Annual administration report of the Civil Veterinary Department of India - 1895-1896
Year: 1895
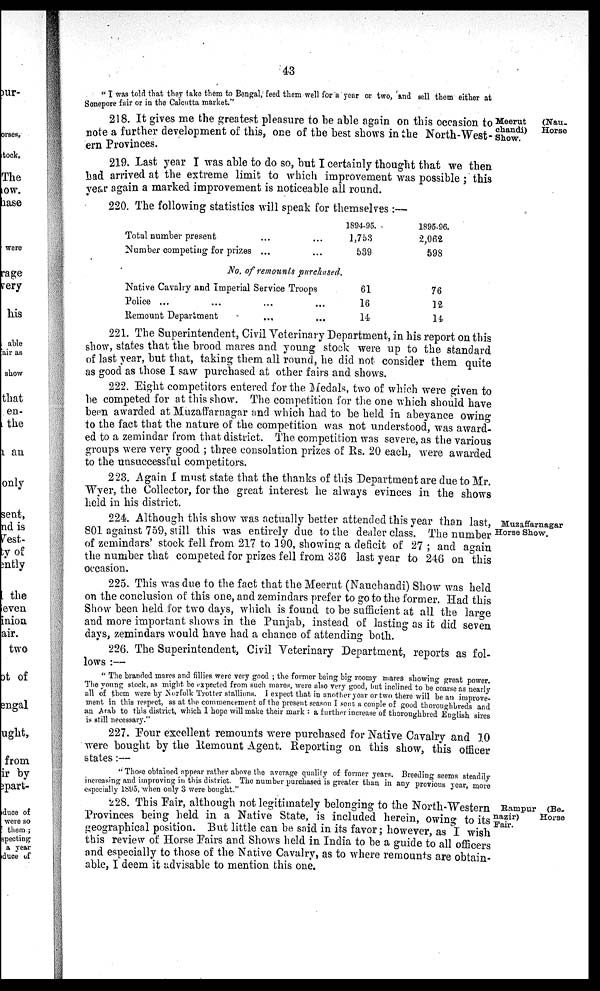
43
"I was told that they take them to Bengal, feed them well for a year or two, and sell them either at
Sonepore fair or in the Calcutta market."
Meerut
(Nau-
chandi)
Horse
Show.
218. It gives me the greatest pleasure to be able again on this occasion to
note a further development of this, one of the best shows in the North-West-
ern Provinces.
219. Last year I was able to do so, but I certainly thought that we then
had arrived at the extreme limit to which improvement was possible; this
year again a marked improvement is noticeable all round.
220. The following statistics will speak for themselves:–
Total number present ... ...
Number competing for prizes ... ...
1894-95.
1,753
539
1895-96.
2,062
598
No. of remounts purchased.
Native Cavalry and Imperial Service Troops
Police ... ... ... ...
Remount Department ... ...
61
16
14
76
12
14
221. The Superintendent, Civil Veterinary Department, in his report on this
show, states that the brood mares and young stock were up to the standard
of last year, but that, taking them all round, he did not consider them quite
as good as those I saw purchased at other fairs and shows.
222. Eight competitors entered for the Medals, two of which were given to
be competed for at this show. The competition for the one which should have
been awarded at Muzaffarnagar and which had to be held in abeyance owing
to the fact that the nature of the competition was not understood, was award-
ed to a zemindar from that district. The competition was severe, as the various
groups were very good ; three consolation prizes of Rs. 20 each, were awarded
to the unsuccessful competitors.
223. Again I must state that the thanks of this Department are due to Mr.
Wyer, the Collector, for the great interest he always evinces in the shows
held in his district.
Muzaffarnagar
Horse Show.
224. Although this show was actually better attended this year than last,
801 against 759, still this was entirely due to the dealer class. The number
of zemindars' stock fell from 217 to 190, showing a deficit of 27; and again
the number that competed for prizes fell from 336 last year to 246 on this
occasion.
225. This was due to the fact that the Meerut (Nauchandi) Show was held
on the conclusion of this one, and zemindars prefer to go to the former. Had this
Show been held for two days, which is found to be sufficient at all the large
and more important shows in the Punjab, instead of lasting as it did seven
days, zemindars would have had a chance of attending both.
226. The Superintendent, Civil Veterinary Department, reports as fol-
lows:—
"The branded mares and fillies were very good ; the former being big roomy mares showing great power.
The young stock, as might be expected from such mares, were also very good, but inclined to be coarse as nearly
all of them were by Norfolk Trotter stallions. I expect that in another year or two there will be an improve-
ment in this respect, as at the commencement of the present season I sent a couple of good thoroughbreds and
an Arab to this district, which 1 hope will make their mark : a further increase of thoroughbred English sires
is still necessary."
227. Four excellent remounts were purchased for Native Cavalry and 10
were bought by the Remount Agent. Reporting on this show, this officer
states:—
" Those obtained appear rather above the average quality of former years. Breeding seems steadily
increasing and improving in this district. The number purchased is greater than in any previous year, more
especially 1895, when only 3 were bought."
Rampur
(Be-
nazir)
Horse
Fair.
228. This Fair, although not legitimately belonging to the North-Western
Provinces being held in a Native State, is included herein, owing to its
geographical position. But little can be said in its favor; however, as I wish
this review of Horse Fairs and Shows held in India to be a guide to all officers
and especially to those of the Native Cavalry, as to where remounts are obtain-
able, I deem it advisable to mention this one.